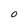
Character: O